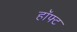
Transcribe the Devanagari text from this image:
हॉफ्ट